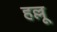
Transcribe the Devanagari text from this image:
हल्लू